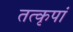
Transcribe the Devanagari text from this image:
तत्कृपां